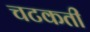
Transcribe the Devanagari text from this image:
चटकती